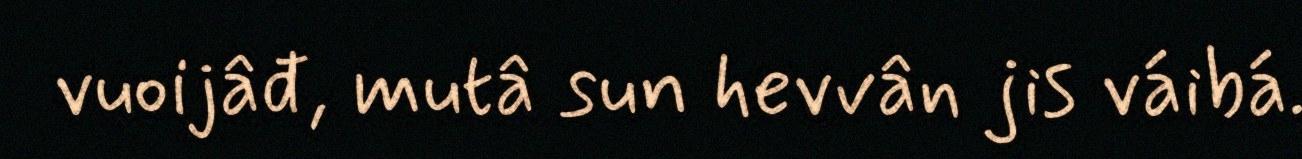
vuoijâđ, mutâ sun hevvân jis váibá.